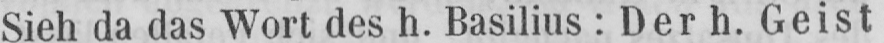
Sieh da das Wort des h. Basilius: Der h. Geist